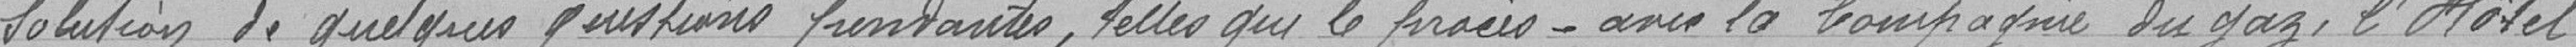
solution de quelques questions f    , telles que le procès avec la compagnie du gaz, l'Hôtel